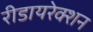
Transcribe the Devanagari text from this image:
रीडायरेक्शन